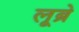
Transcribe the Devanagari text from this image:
लूब्रे